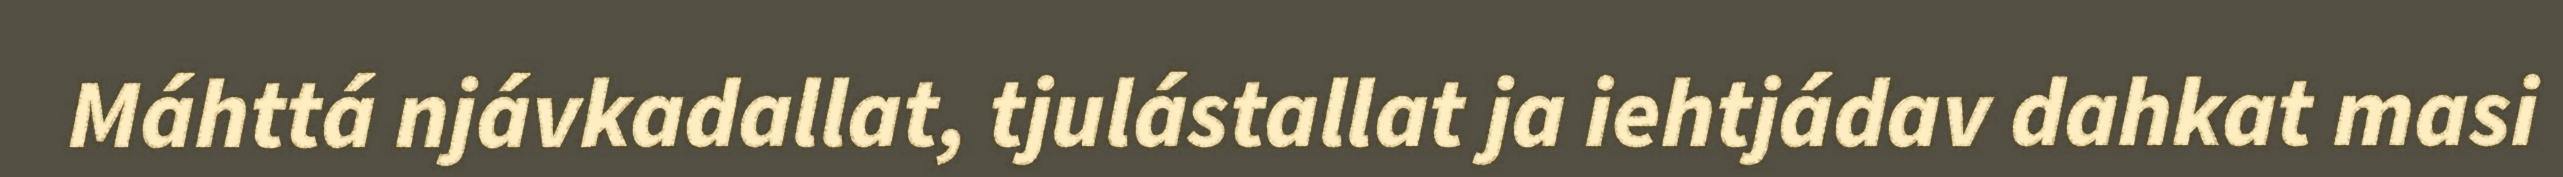
Máhttá njávkadallat, tjulástallat ja iehtjádav dahkat masi